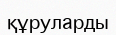
құруларды